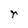
Character: r